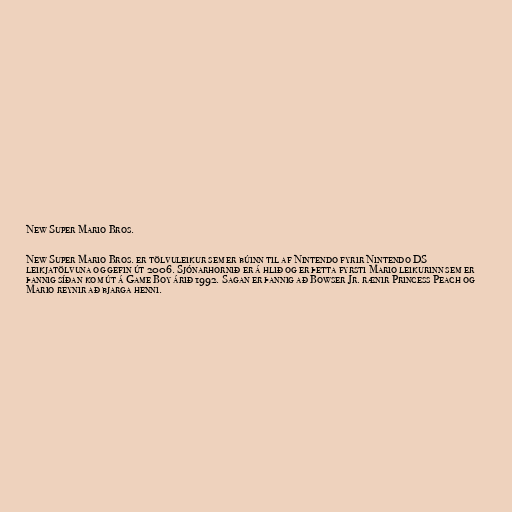
New Super Mario Bros.

New Super Mario Bros. er tölvuleikur sem er búinn til af Nintendo fyrir Nintendo DS
leikjatölvuna og gefin út 2006. Sjónarhornið er á hlið og er þetta fyrsti Mario leikurinn sem er
þannig síðan kom út á Game Boy árið 1992. Sagan er þannig að Bowser Jr. rænir Princess Peach og
Mario reynir að bjarga henni.